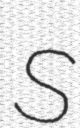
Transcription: S